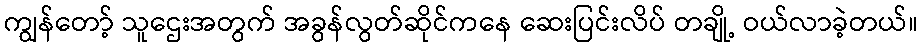
ကျွန်တော့် သူဌေးအတွက် အခွန်လွတ်ဆိုင်ကနေ ဆေးပြင်းလိပ် တချို့ ဝယ်လာခဲ့တယ်။